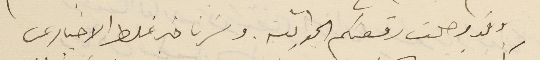
وقد وصلت رقعتكم الجوابيّه. وسَرنا خبر غلط الاخبار عن